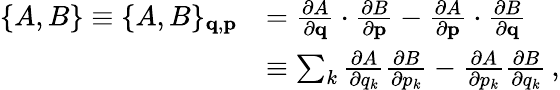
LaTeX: {\begin{array}{rl}{\{ A,B\} \equiv\{ A,B\} _{\mathbf{q},\mathbf{p}}}&{={\frac{\partial A}{\partial\mathbf{q}}}\cdot{\frac{\partial B}{\partial\mathbf{p}}}-{\frac{\partial A}{\partial\mathbf{p}}}\cdot{\frac{\partial B}{\partial\mathbf{q}}}}\\ &{\equiv\sum_{k}{\frac{\partial A}{\partial q_{k}}}{\frac{\partial B}{\partial p_{k}}}-{\frac{\partial A}{\partial p_{k}}}{\frac{\partial B}{\partial q_{k}}}\, ,}\end{array}}